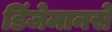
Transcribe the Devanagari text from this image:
डिंजेमानसे